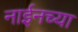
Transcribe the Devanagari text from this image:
नाईनच्या